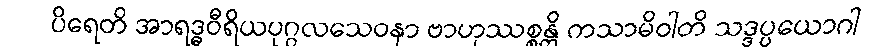
ပိရေတိ အာရဒ္ဓဝီရိယပုဂ္ဂလသေဝနာ ဗာဟုဿစ္စန္တိ ကသာမိဝါတိ သဒ္ဒပ္ပယောဂါ